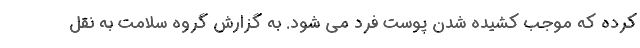
کرده که موجب کشیده شدن پوست فرد می شود. به گزارش گروه سلامت به نقل